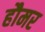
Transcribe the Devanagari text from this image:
हौमर